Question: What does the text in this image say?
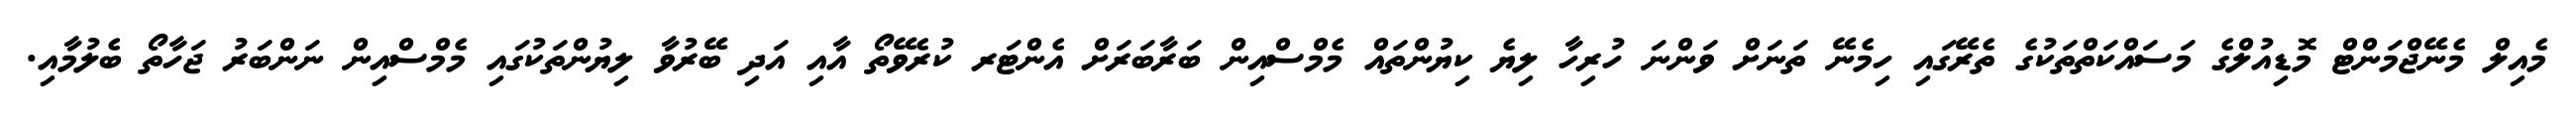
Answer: މެއިލް މެނޭޖްމަންޓް މޮޑިއުލްގެ މަސައްކަތްތަކުގެ ތެރޭގައި ހިމެނޭ ތަނަށް ވަންނަ ހުރިހާ ލިޔެ ކިޔުންތައް މެމްސްއިން ބަރާބަރަށް އެންޓަރ ކުރެވޭތޯ އާއި އަދި ބޭރުވާ ލިޔުންތަކުގައި މެމްސްއިން ނަންބަރު ޖަހާތޯ ބެލުމާއި.